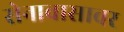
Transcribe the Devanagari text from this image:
सेनावासावर